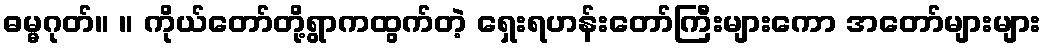
ဓမ္မဂုတ်။ ။ ကိုယ်တော်တို့ရွာကထွက်တဲ့ ရှေးရဟန်းတော်ကြီးများကော အတော်များများ